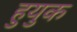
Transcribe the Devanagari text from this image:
हुयुक